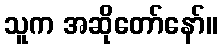
သူက အဆိုတော်နော်။